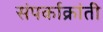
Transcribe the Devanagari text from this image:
संपर्काक्रांती